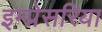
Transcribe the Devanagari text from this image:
इम्प्रेसरिया